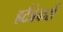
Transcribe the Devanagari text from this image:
हर्टब्रेकर्स